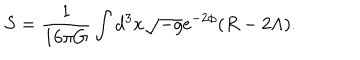
S = \frac { 1 } { 1 6 \pi G } \int d ^ { 3 } x \sqrt { - g } \mathrm { { e } } ^ { - 2 \phi } ( R - 2 \Lambda ) .